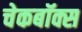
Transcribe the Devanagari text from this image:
चेकबॉक्स